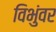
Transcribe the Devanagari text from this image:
विभुंवर